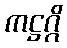
ကဋ္ဌဂ္ဂိ